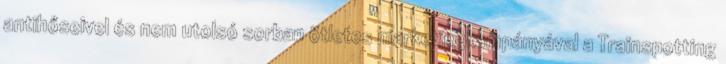
antihőseivel és nem utolsó sorban ötletes marketingkampányával a Trainspotting